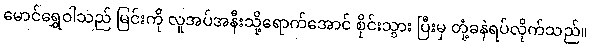
မောင်ရွှေဝါသည် မြင်းကို လူအပ်အနီးသို့ရောက်အောင် စိုင်းသွား ပြီးမှ တုံ့ခနဲရပ်လိုက်သည်။